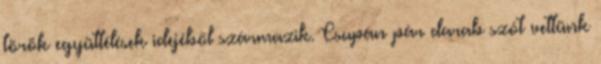
török együttélések idejéből származik. Csupán pár darab szót vettünk